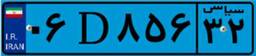
۰۶D۸۵۶۳۲